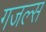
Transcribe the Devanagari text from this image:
गजल्स